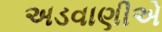
અડવાણીએ